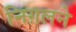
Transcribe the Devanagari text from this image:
निग़लने